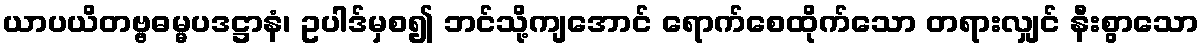
ယာပယိတဗ္ဗဓမ္မပဒဋ္ဌာနံ၊ ဥပါဒ်မှစ၍ ဘင်သို့ကျအောင် ရောက်စေထိုက်သော တရားလျှင် နီးစွာသော